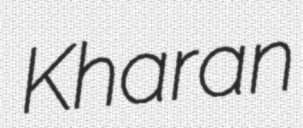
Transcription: Kharan